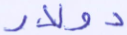
دولار